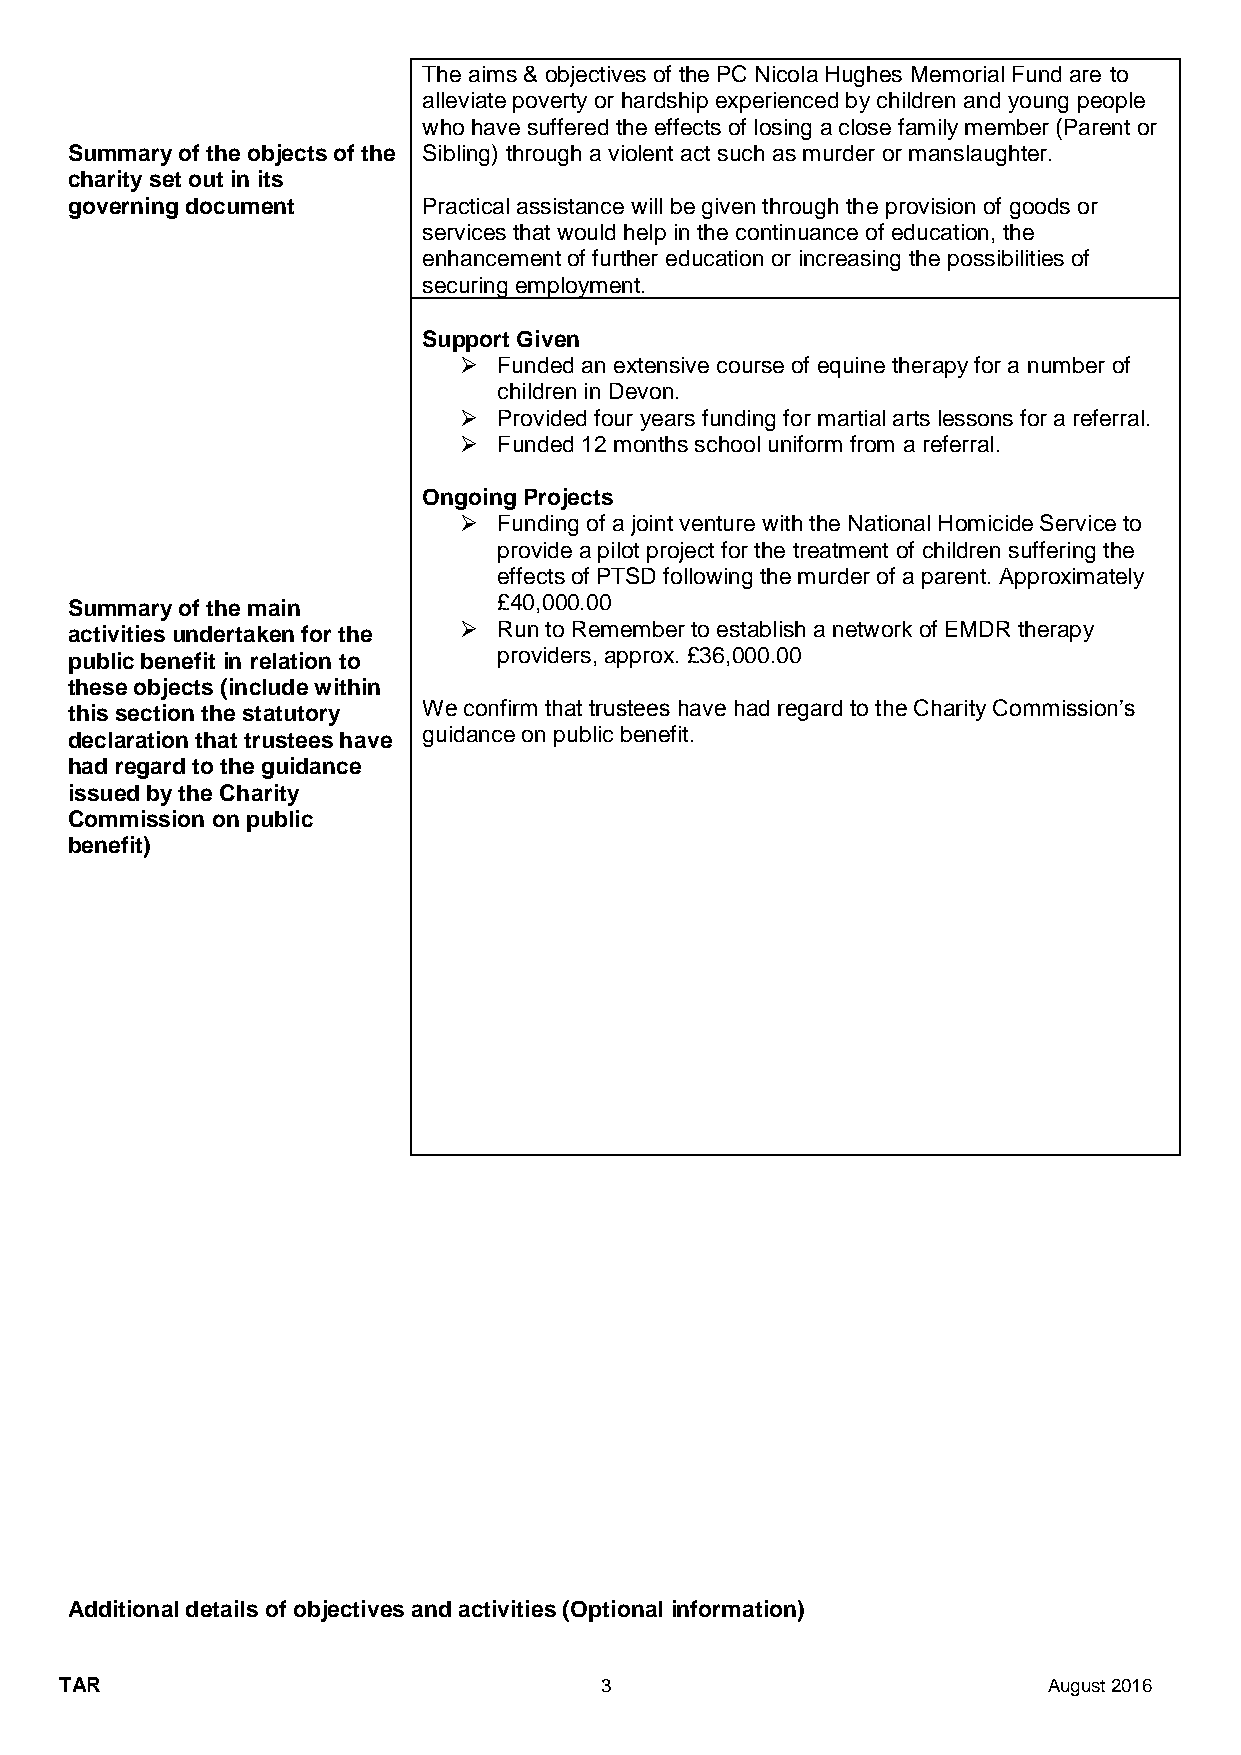
The aims & objectives of the PC Nicola Hughes Memorial Fund are to
 alleviate poverty or hardship experienced by children and young people
 who have suffered the effects of losing a close family member (Parent or
 Summary of the objects of the Sibling) through a violent act such as murder or manslaughter.
 charity set out in its
 governing document      Practical assistance will be given through the provision of goods or
 services that would help in the continuance of education, the
 enhancement of further education or increasing the possibilities of
 securing employment.
 Support Given
 ➢  Funded an extensive course of equine therapy for a number of
 children in Devon.
 ➢  Provided four years funding for martial arts lessons for a referral.
 ➢  Funded 12 months school uniform from a referral.
 Ongoing Projects
 ➢  Funding of a joint venture with the National Homicide Service to
 provide a pilot project for the treatment of children suffering the
 effects of PTSD following the murder of a parent. Approximately
 Summary of the main          £40,000.00
 activities undertaken for the ➢ Run to Remember to establish a network of EMDR therapy
 public benefit in relation to providers, approx. £36,000.00
 these objects (include within
 this section the statutory We confirm that trustees have had regard to the Charity Commission’s
 declaration that trustees have guidance on public benefit.
 had regard to the guidance
 issued by the Charity
 Commission on public
 benefit)
 Additional details of objectives and activities (Optional information)
 TAR                                 3                            August 2016